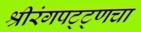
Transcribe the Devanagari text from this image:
श्रीरंगपट्ट्णचा